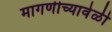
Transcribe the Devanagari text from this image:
मागणीच्यावेळी